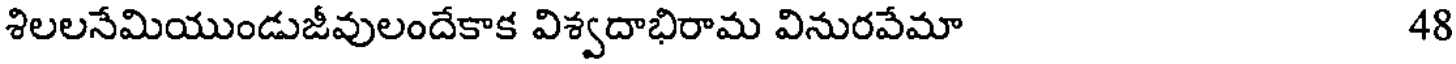
శిలలనేమియుండుజీవులందేకాక విశ్వదాభిరామ వినురవేమా 48